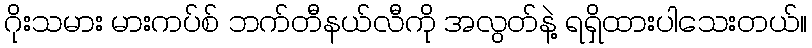
ဂိုးသမား မားကပ်စ် ဘက်တီနယ်လီကို အလွတ်နဲ့ ရရှိထားပါသေးတယ်။